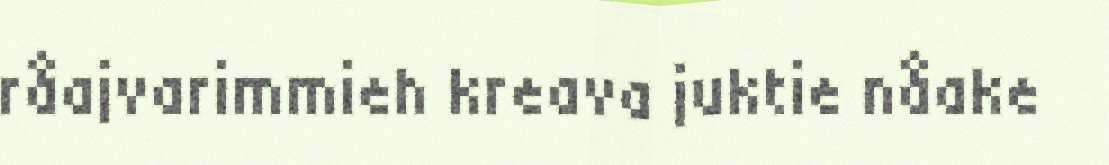
råajvarimmieh kreava juktie nåake